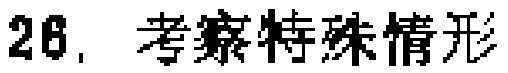
26. 考察特殊情形